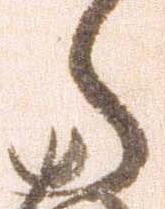
郎